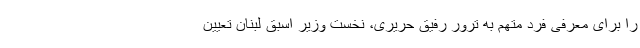
را برای معرفی فرد متهم به ترور رفیق حریری، نخست وزیر اسبق لبنان تعیین